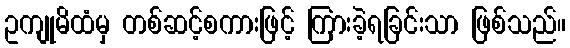
ဥကျုမိထံမှ တစ်ဆင့်စကားဖြင့် ကြားခဲ့ရခြင်းသာ ဖြစ်သည်။